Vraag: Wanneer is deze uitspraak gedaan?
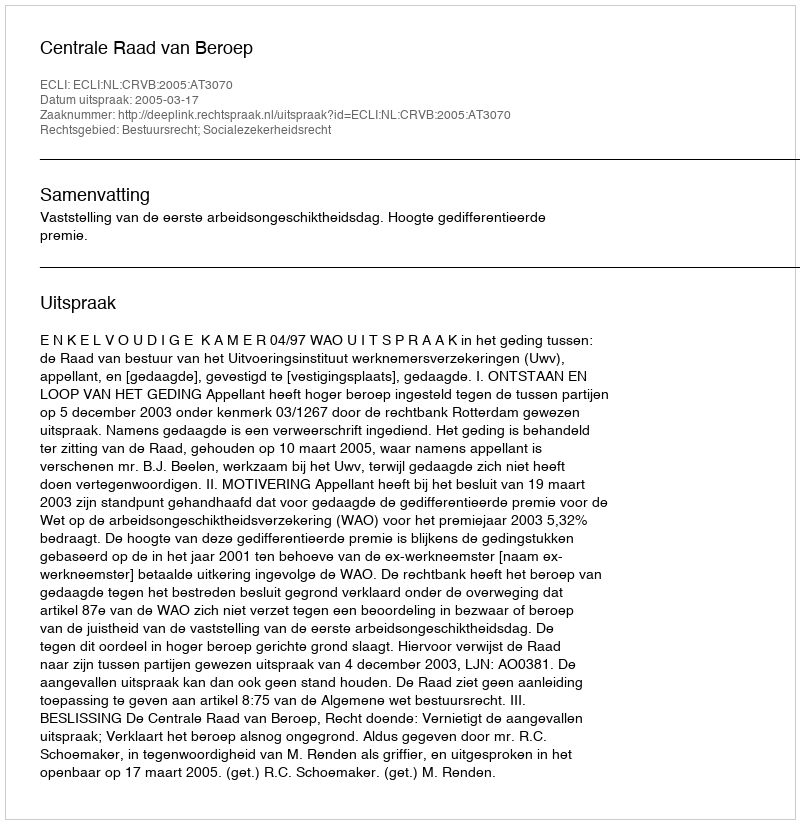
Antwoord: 2005-03-17